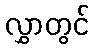
လွှာတွင်